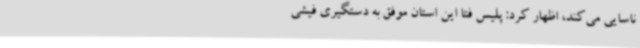
ناسایی می‌کند، اظهار کرد: پلیس فتا این استان موفق به دستگیری فیشی